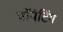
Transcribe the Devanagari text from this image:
पॉयंटिंग